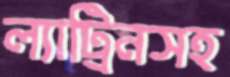
ল্যাট্রিনসহ